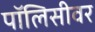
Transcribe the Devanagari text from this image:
पॉलिसीवर